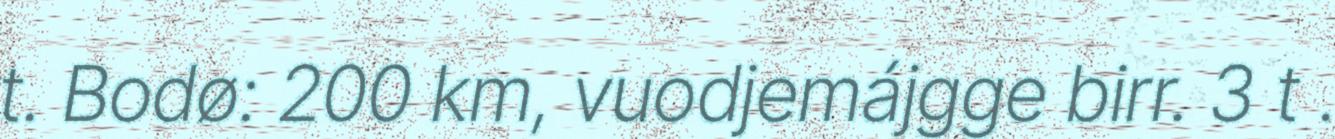
t. Bodø: 200 km, vuodjemájgge birr. 3 t .